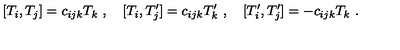
[ T _ { i } , T _ { j } ] = c _ { i j k } T _ { k } \ , \quad [ T _ { i } , T _ { j } ^ { \prime } ] = c _ { i j k } T _ { k } ^ { \prime } \ , \quad [ T _ { i } ^ { \prime } , T _ { j } ^ { \prime } ] = - c _ { i j k } T _ { k } \ .